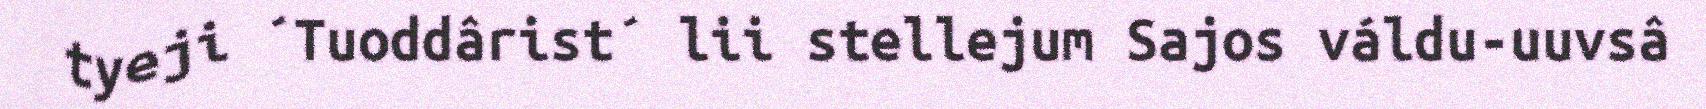
tyeji ´Tuoddârist´ lii stellejum Sajos váldu-uuvsâ